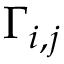
\Gamma _ { i , j }